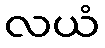
လယံ